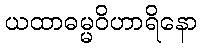
ယထာဓမ္မဝိဟာရိနော